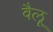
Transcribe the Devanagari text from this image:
वैलू